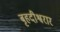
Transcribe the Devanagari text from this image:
बृहदीश्वरार